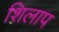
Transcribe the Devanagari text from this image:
शिलाप